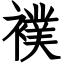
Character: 襆